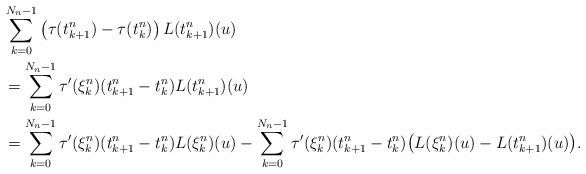
LaTeX: \begin{align*}&\sum\limits_{k=0}^{N_n-1}\left(\tau(t^n_{k+1})-\tau(t^n_k)\right) L(t^n_{k+1})(u)\\&=\sum\limits_{k=0}^{N_n-1} \tau'(\xi_k^n )(t^n_{k+1}-t^n_k) L(t^n_{k+1})(u)\\&=\sum\limits_{k=0}^{N_n-1}\tau'(\xi_k^n )(t^n_{k+1}-t^n_k) L(\xi_{k}^n)(u) -\sum\limits_{k=0}^{N_n-1} \tau'(\xi_k^n)(t^n_{k+1}-t^n_k) \big(L(\xi_k^n)(u)-L(t^n_{k+1})(u)\big).\end{align*}